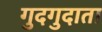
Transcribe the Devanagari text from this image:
गुदगुदाता